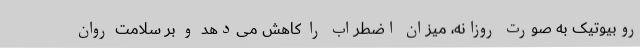
روبیوتیک به صورت روزانه، میزان اضطراب را کاهش می‌دهد و بر سلامت روان